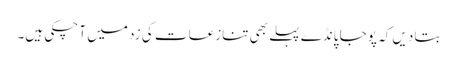
بتا دیں کہ پوجا پانڈے پہلے بھی تنازعات کی زد میں آ چکی ہیں۔